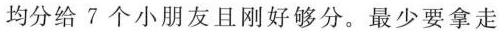
均分给7个小朋友且刚好够分。最少要拿走